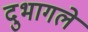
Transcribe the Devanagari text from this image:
दुभागले